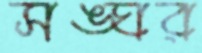
সঙ্ঘর